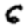
Digit: 6